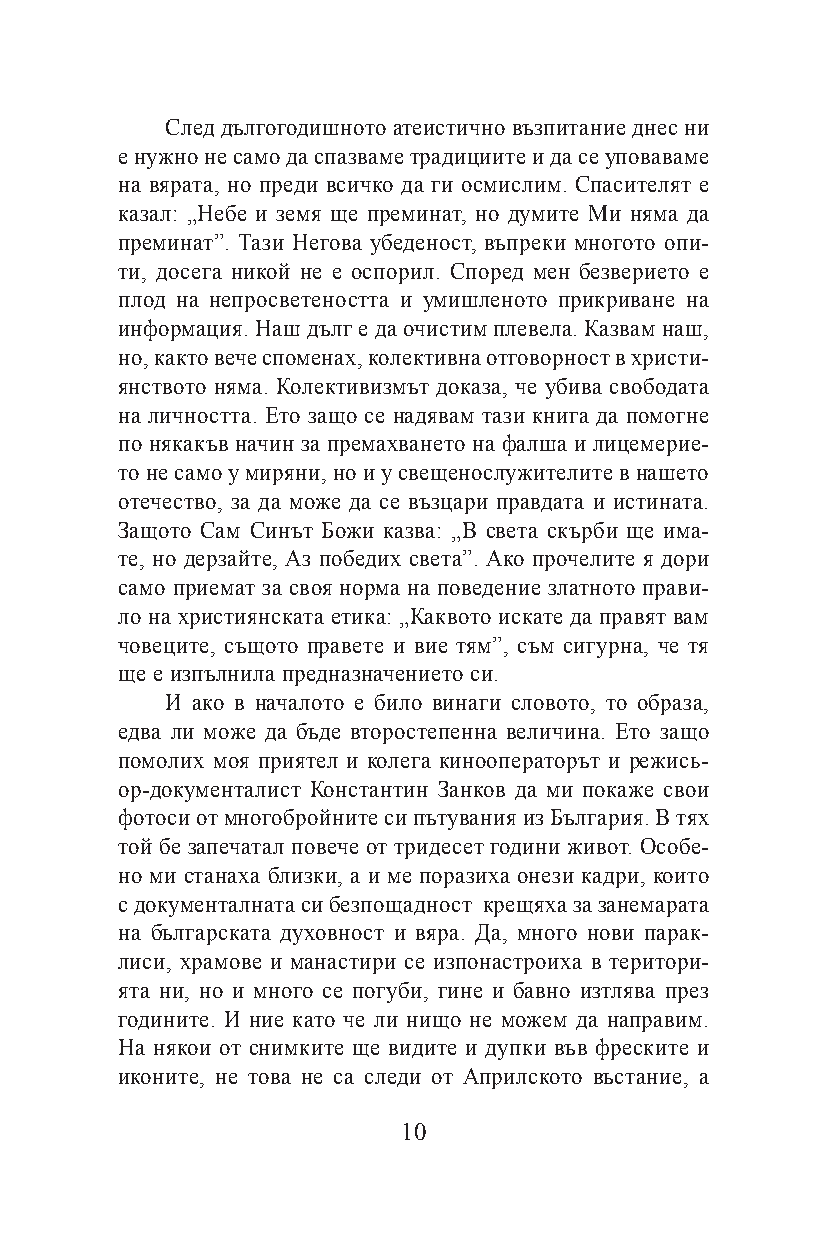
След дългогодишното атеистично възпитание днес ни
 е нужно не само да спазваме традициите и да се уповаваме
 на вярата, но преди всичко да ги осмислим. Спасителят е
 казал: „Небе и земя ще преминат, но думите Ми няма да
 преминат”. Тази Негова убеденост, въпреки многото опи-
 ти, досега никой не е оспорил. Според мен безверието е
 плод на непросветеността и умишленото прикриване на
 информация. Наш дълг е да очистим плевела. Казвам наш,
 но, както вече споменах, колективна отговорност в христи-
 янството няма. Колективизмът доказа, че убива свободата
 на личността. Ето защо се надявам тази книга да помогне
 по някакъв начин за премахването на фалша и лицемерие-
 то не само у миряни, но и у свещенослужителите в нашето
 отечество, за да може да се възцари правдата и истината.
 Защото Сам Синът Божи казва: „В света скърби ще има-
 те, но дерзайте, Аз победих света”. Ако прочелите я дори
 само приемат за своя норма на поведение златното прави-
 ло на християнската етика: „Каквото искате да правят вам
 човеците, същото правете и вие тям”, съм сигурна, че тя
 ще е изпълнила предназначението си.
 И ако в началото е било винаги словото, то образа,
 едва ли може да бъде второстепенна величина. Ето защо
 помолих моя приятел и колега кинооператорът и режись-
 ор-документалист Константин Занков да ми покаже свои
 фотоси от многобройните си пътувания из България. В тях
 той бе запечатал повече от тридесет години живот. Особе-
 но ми станаха близки, а и ме поразиха онези кадри, които
 с документалната си безпощадност крещяха за занемарата
 на българската духовност и вяра. Да, много нови парак-
 лиси, храмове и манастири се изпонастроиха в територи-
 ята ни, но и много се погуби, гине и бавно изтлява през
 годините. И ние като че ли нищо не можем да направим.
 На някои от снимките ще видите и дупки във фреските и
 иконите, не това не са следи от Априлското въстание, а
 10